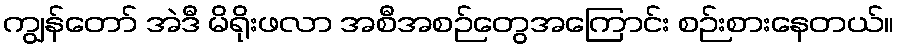
ကျွန်တော် အဲဒီ မိရိုးဖလာ အစီအစဉ်တွေအကြောင်း စဉ်းစားနေတယ်။